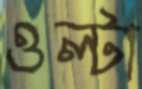
ওল্টা